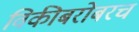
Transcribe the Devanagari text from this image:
विकीबरोबरच